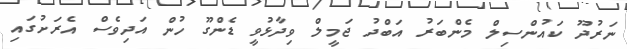
ނަރުދޫ ކައުންސިލް މެންބަރު އަބްދު ޖަމީލް ވިދާޅުވީ ޑެންގޫ ހުން އަދިވެސް އެރަށުގައި